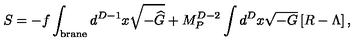
S = - f \int _ { \mathrm { { \small b r a n e } } } d ^ { D - 1 } x \sqrt { - { \widehat G } } + M _ { P } ^ { D - 2 } \int d ^ { D } x \sqrt { - G } \left[ R - \Lambda \right] ,